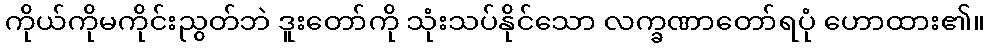
ကိုယ်ကိုမကိုင်းညွတ်ဘဲ ဒူးတော်ကို သုံးသပ်နိုင်သော လက္ခဏာတော်ရပုံ ဟောထား၏။